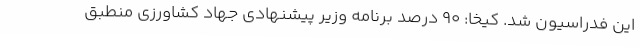
این فدراسیون شد. کیخا: 90 درصد برنامه وزیر پیشنهادی جهاد کشاورزی منطبق